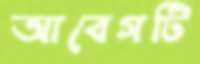
আবেগটি